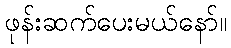
ဖုန်းဆက်ပေးမယ်နော်။